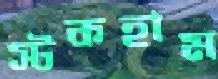
স্টকহাম